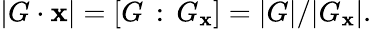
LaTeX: |G\cdot\mathbf{x}|=[G\, :\, G_{\mathbf{x}}]=|G|/|G_{\mathbf{x}}|.